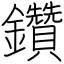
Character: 鑽